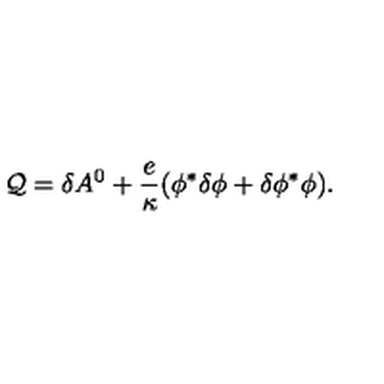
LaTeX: { \cal Q } = \delta A ^ { 0 } + { \frac { e } { \kappa } } ( \phi ^ { * } \delta \phi + \delta \phi ^ { * } \phi ) .